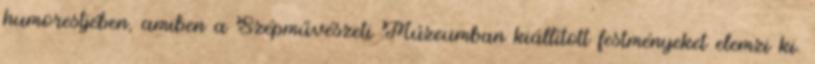
humorestjében, amiben a Szépművészeti Múzeumban kiállított festményeket elemzi ki.